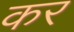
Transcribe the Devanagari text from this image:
कर